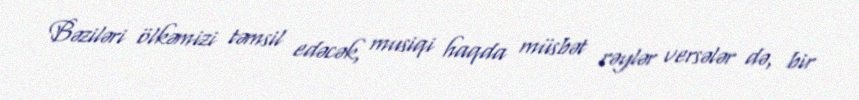
Bəziləri ölkəmizi təmsil edəcək, musiqi haqda müsbət rəylər versələr də, bir